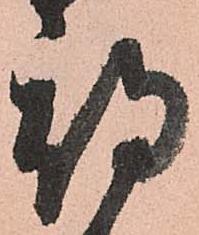
期